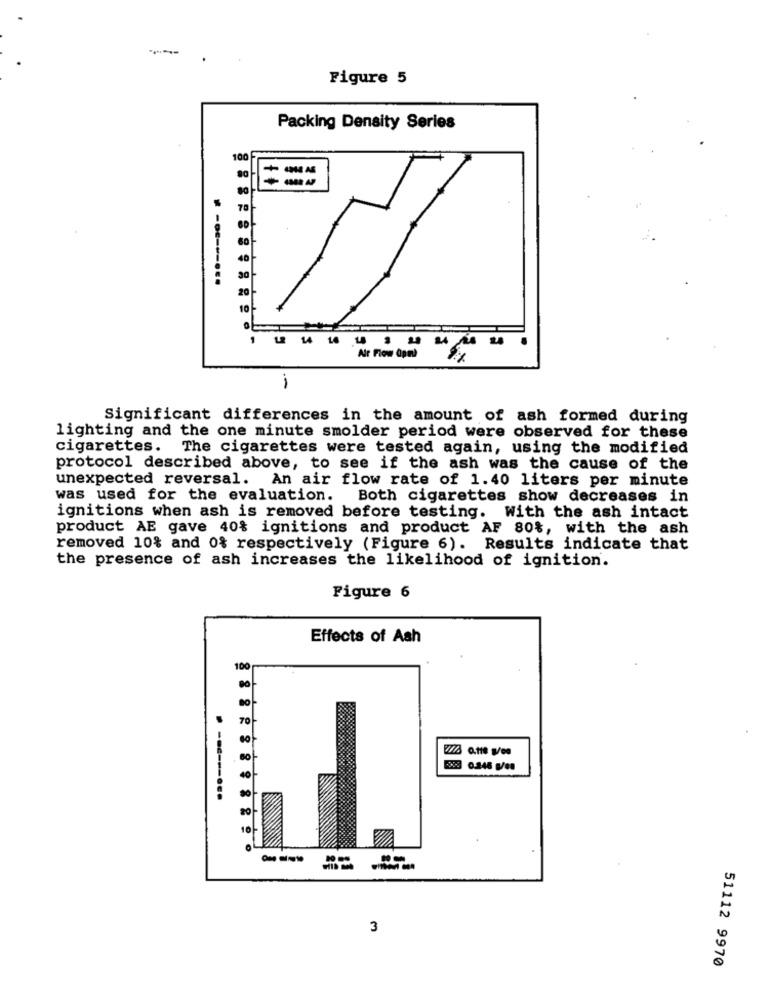
Figure 5
Packing Density Series
100
12 14 16
Air Flow Opml
-
Significant differences in the amount of ash formed during
lighting and the one minute smolder period were observed for these
cigarettes.
The cigarettes were tested again, using the modified
protocol described above, to see if the ash was the cause of the
unexpected reversal. An air flow rate of 1.40 liters per minute
was used for the evaluation. Both cigarettes show decreases in
ignitions when ash is removed before testing. With the ash intact
product AE gave 40% ignitions and product AF 80%, with the ash
removed 10% and 0% respectively (Figure 6). Results indicate that
the presence of ash increases the likelihood of ignition.
Figure 6
Effects of Ash
100
0.246 g/on
3
51112 9970